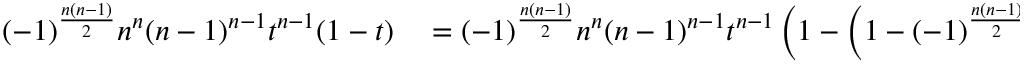
\begin{array} { r l } { ( - 1 ) ^ { \frac { n ( n - 1 ) } { 2 } } n ^ { n } ( n - 1 ) ^ { n - 1 } t ^ { n - 1 } ( 1 - t ) } & { { } = ( - 1 ) ^ { \frac { n ( n - 1 ) } { 2 } } n ^ { n } ( n - 1 ) ^ { n - 1 } t ^ { n - 1 } \left( 1 - \left( 1 - ( - 1 ) ^ { \frac { n ( n - 1 ) } { 2 } } n u ^ { 2 } \right) \right) } \end{array}